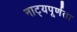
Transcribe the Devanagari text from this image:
नाट्यपूर्णता